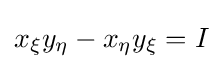
x_{\xi }y_{\eta }-x_{\eta }y_{\xi }=I